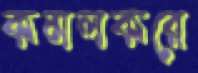
কমলকরে